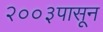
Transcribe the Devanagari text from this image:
२००३पासून